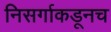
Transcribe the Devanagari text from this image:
निसर्गाकडूनच